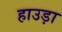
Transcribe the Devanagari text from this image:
हाउड़ा